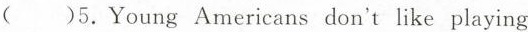
()5.Young Americans don't like playing